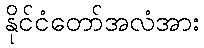
နိုင်ငံတော်အလံအား